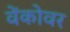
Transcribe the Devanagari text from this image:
वेंकोवर